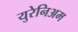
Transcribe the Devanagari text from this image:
युरेनिअम